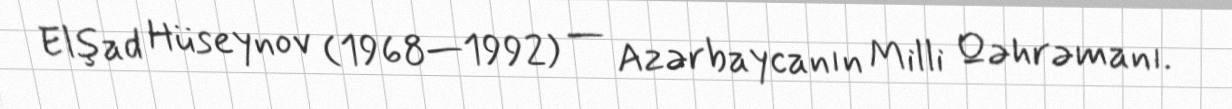
Elşad Hüseynov (1968—1992) — Azərbaycanın Milli Qəhrəmanı.